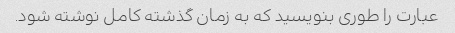
عبارت را طوری بنویسید که به زمان گذشته کامل نوشته شود.